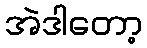
အဲဒါတော့